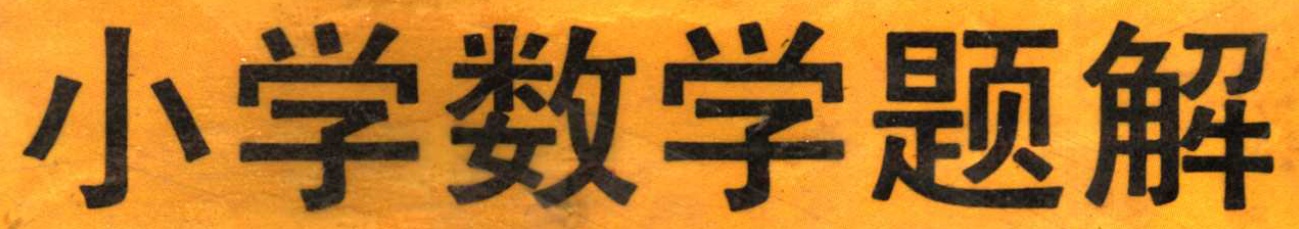
小学数学题解